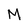
Character: M